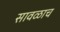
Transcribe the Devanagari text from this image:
सावळाच